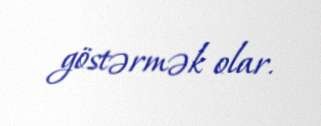
göstərmək olar.